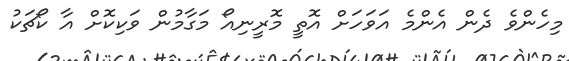
މިހެންވެ ދެން އެންމެ އަވަހަށް އޮތީ މޮރީނިއޯ މަގާމުން ވަކިކޮށް އާ ކޯޗަކު